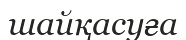
шайқасуға